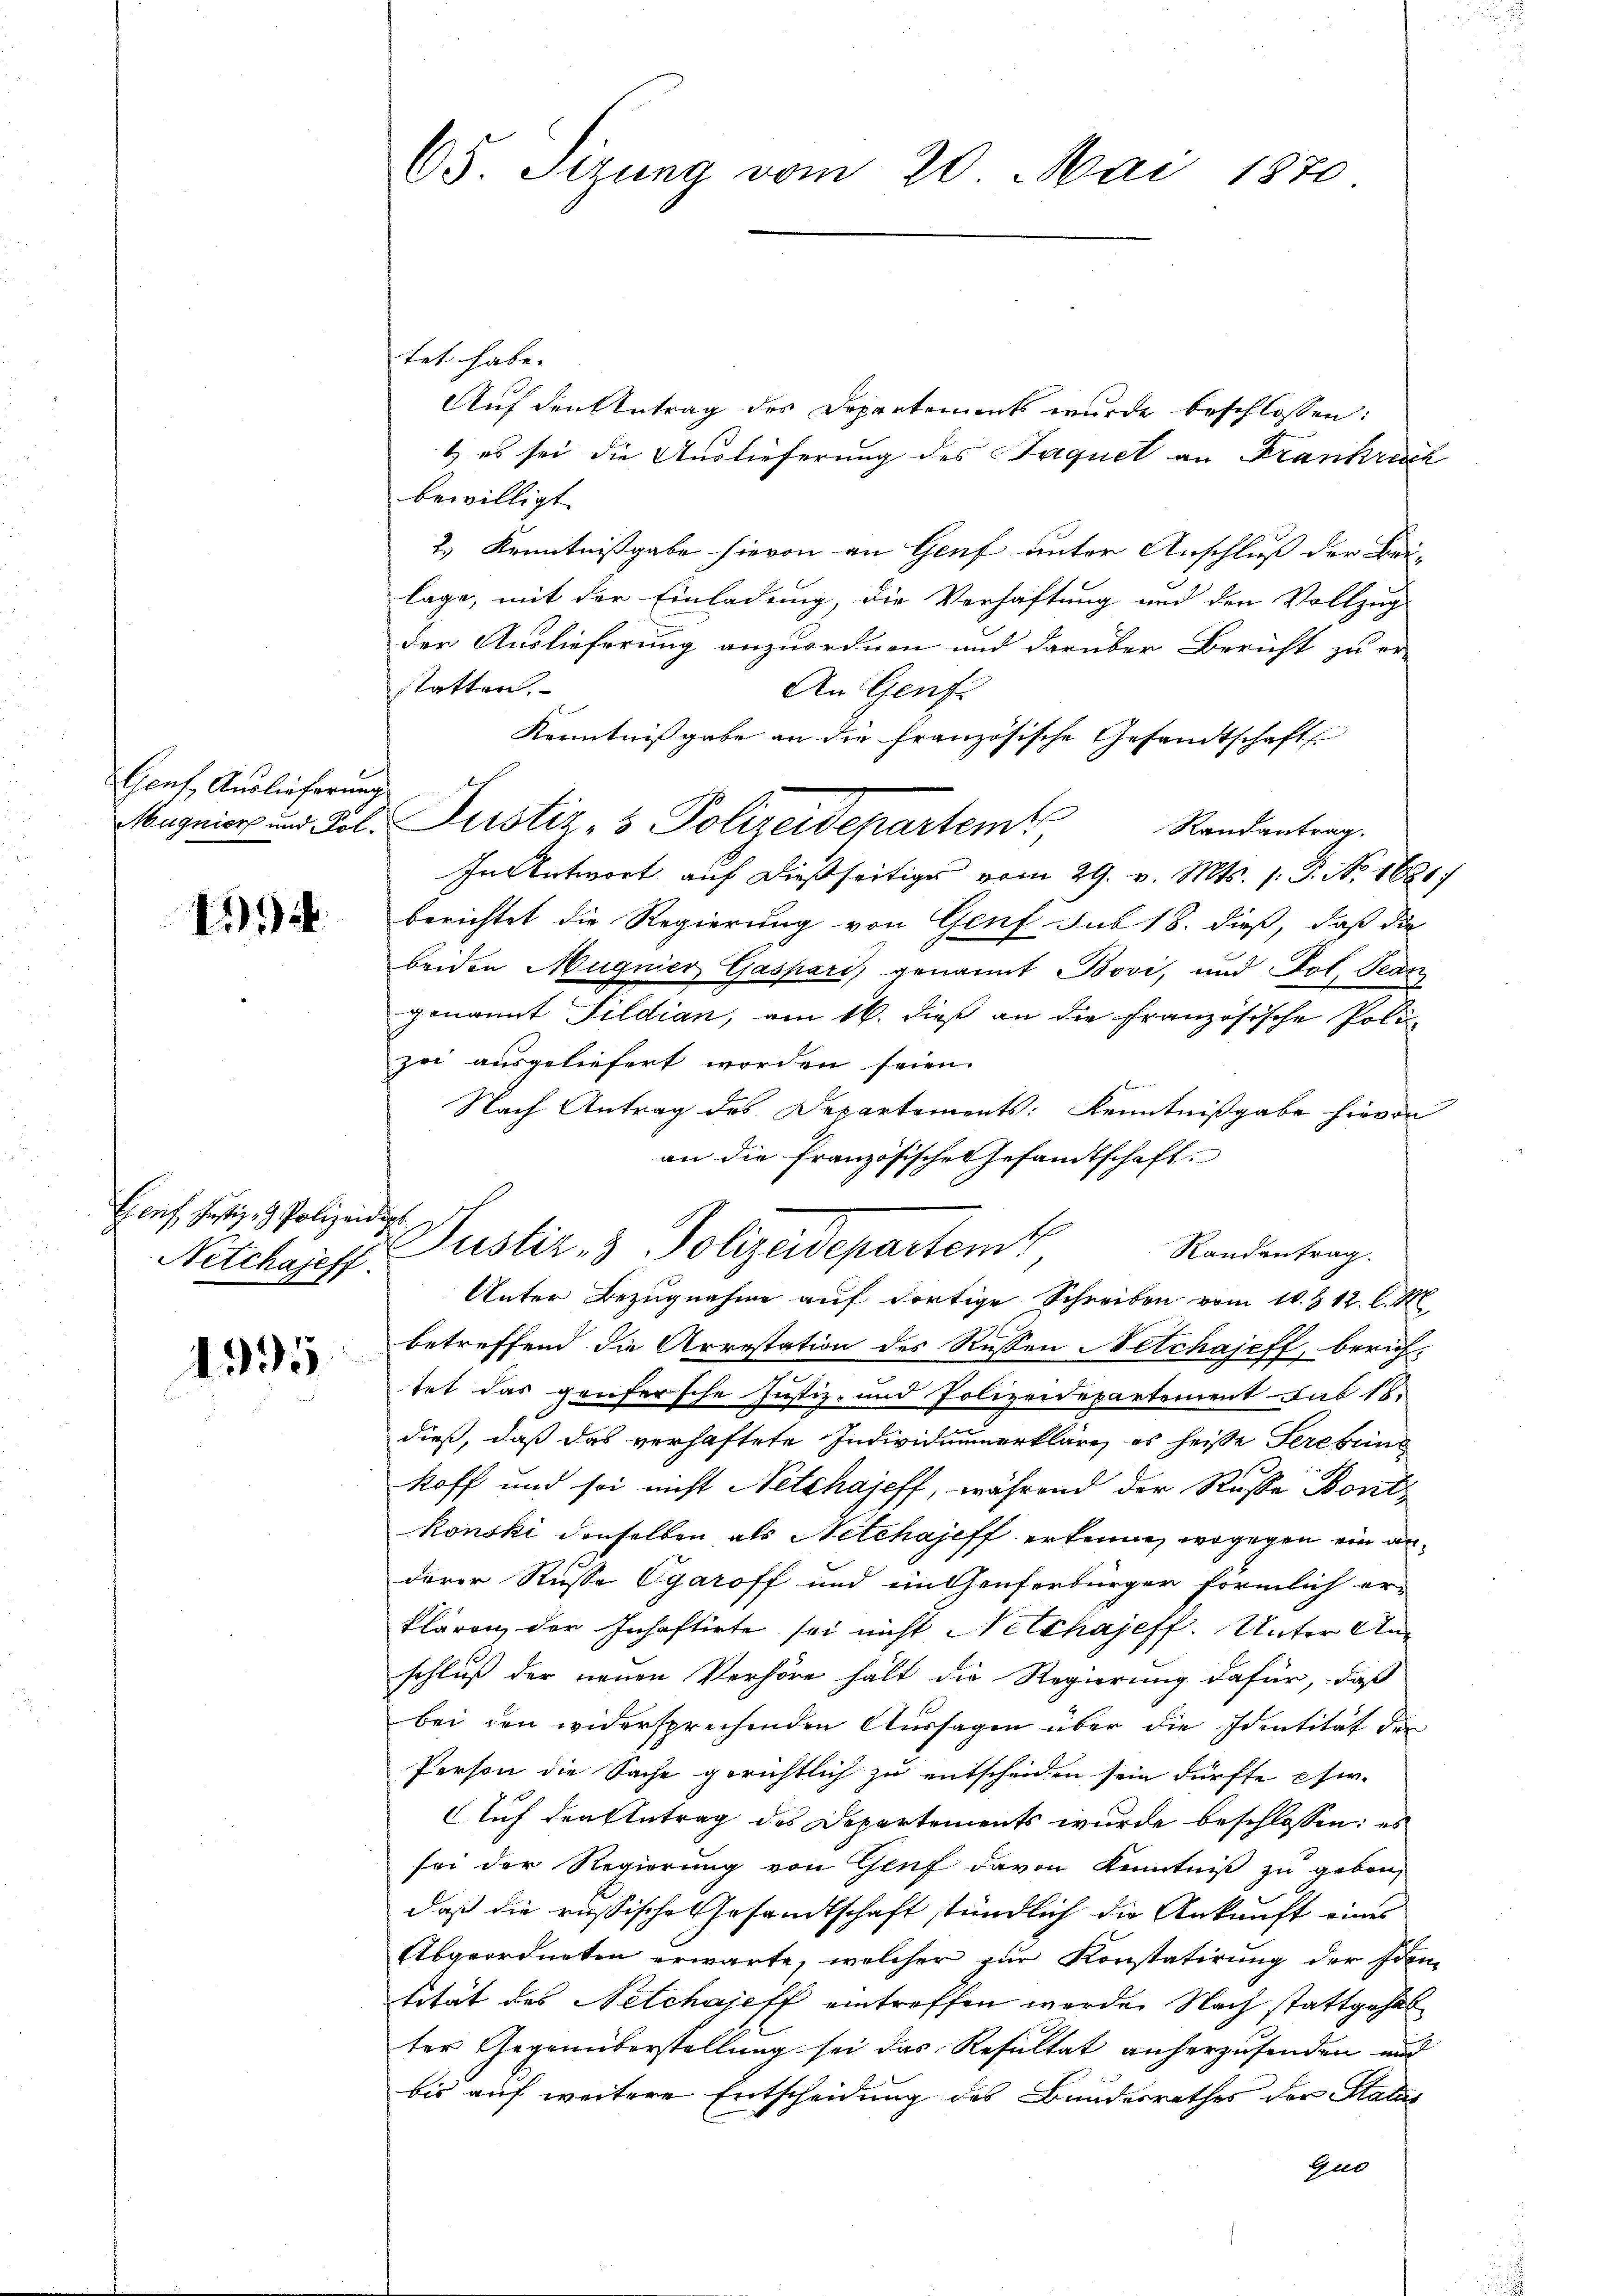
Genf, Auslieferung
Magnier und Fol.

41

Genf, Justiz- & Polizei
Netchajeff
1995.

65 Stzung vom 20. Mai 1870

t
Justiz & Polizeidepartent

tet habe.
Auf den Antrag des Departements wurde beschlossen:
1) es sei die Auslieferung des Jaquet an Frankrech
bewilligt.
2.) Kenntnißgabe hievon an Genf unter Anschluß der Bei-
lage, mit der Einladung, die Verhaftung und den Vollzug
der Auslieferung anzuordnen und darüber Bericht zu er-
statten.
An Genf.
Kenntnißgabe an die französische Gesandtschafts
In Antwort auf dießseitiges vom 29. v. Mts. s. S. No. 1881
berichtet die Regierung von Genf sub 18. dieß, daß die
beiden Magnier Gaspari) genannt Bovi, und Pol, Jean
genannt Sildian, am 16. dieß an die Französische Polizei ausgeliefert worden seien.
Nach Antrag des Departements: Kenntnißgabe hievon
an die französische Gesandtschaft
Randentrag.
Unter Bezugnahme auf dortige Schreiben vom 10. § 12. l. M
betreffend die Arrestation des Russen Netchajeff, berich-
tet das genfersche Justiz- und Polizeidepartement sub 18.
dieß, daß das verhaftete Individuumerkläre, es heiße Serebung
koff und sei nicht Netzhajeff, während der Russe Bontkonski denselben als Netchajeff erkenne, wogegen ein anderer Russe Ogaroff und ein Genferbürger förmlich er-
klären der Inhaftirte sei nicht Netzhajeff. Unter Anschluß der neuen Verhöre hält die Regierung dafür, daß
bei den widersprechenden Aussagen über die Identität der
Person die Sache gerichtlich zu entscheiden sein dürfte phw.
Auf den Antrag des Departements wurde beschlossen: es
sei der Regierung von Genf davon Kenntniß zu geben,
daß die russische Gesandtschaft stündlich die Ankunft eines
Abgeordneten erwarte, welcher zur Konstatirung der Eden-
tität des Netchajeff eintreffen werde. Nach stattgehal
ter Gegenüberstellung sei das Resultat anherzusenden und
bis auf weitere Entscheidung des Bundesrathes der Status
Gur

Justiz- & Polizeidepartem Randantrag